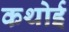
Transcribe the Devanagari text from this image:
कथोई